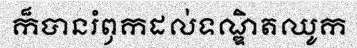
ក៏បានរំឭកដល់ទណ្ឌិតឈូក